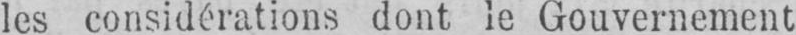
les considérations dont le Gouvernement